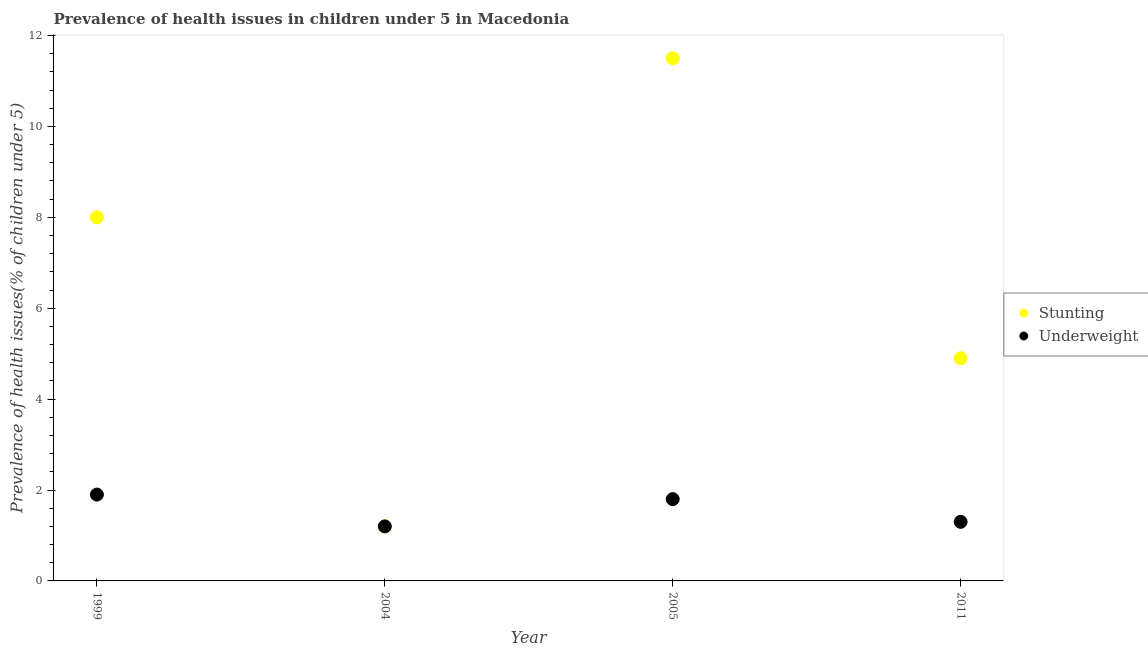
| Year | Stunting | Underweight |
 | --- | --- | --- |
 | 1999 | 8 | 1.9 |
 | 2004 | 1.2 | 1.2 |
 | 2005 | 11.5 | 1.8 |
 | 2011 | 4.9 | 1.3 |